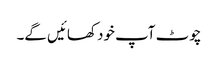
چوٹ آپ خود کھائیں گے۔